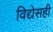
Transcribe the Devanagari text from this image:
विद्येसही